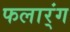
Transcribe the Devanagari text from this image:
फलार्ंग